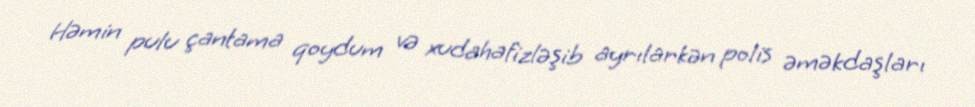
Həmin pulu çantama qoydum və xudahafizləşib ayrılarkən polis əməkdaşları